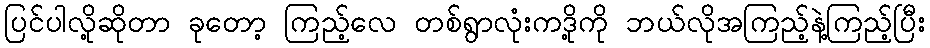
ပြင်ပါလို့ဆိုတာ ခုတော့ ကြည့်လေ တစ်ရွာလုံးကဒို့ကို ဘယ်လိုအကြည့်နဲ့ကြည့်ပြီး